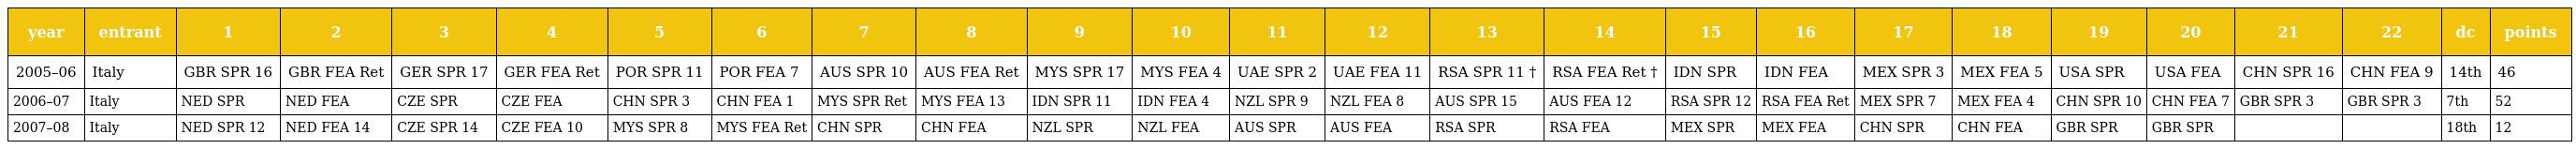
| year | entrant | 1 | 2 | 3 | 4 | 5 | 6 | 7 | 8 | 9 | 10 | 11 | 12 | 13 | 14 | 15 | 16 | 17 | 18 | 19 | 20 | 21 | 22 | dc | points |
 | --- | --- | --- | --- | --- | --- | --- | --- | --- | --- | --- | --- | --- | --- | --- | --- | --- | --- | --- | --- | --- | --- | --- | --- | --- | --- |
 | 2005–06 | Italy | GBR SPR 16 | GBR FEA Ret | GER SPR 17 | GER FEA Ret | POR SPR 11 | POR FEA 7 | AUS SPR 10 | AUS FEA Ret | MYS SPR 17 | MYS FEA 4 | UAE SPR 2 | UAE FEA 11 | RSA SPR 11 † | RSA FEA Ret † | IDN SPR | IDN FEA | MEX SPR 3 | MEX FEA 5 | USA SPR | USA FEA | CHN SPR 16 | CHN FEA 9 | 14th | 46 |
 | 2006–07 | Italy | NED SPR | NED FEA | CZE SPR | CZE FEA | CHN SPR 3 | CHN FEA 1 | MYS SPR Ret | MYS FEA 13 | IDN SPR 11 | IDN FEA 4 | NZL SPR 9 | NZL FEA 8 | AUS SPR 15 | AUS FEA 12 | RSA SPR 12 | RSA FEA Ret | MEX SPR 7 | MEX FEA 4 | CHN SPR 10 | CHN FEA 7 | GBR SPR 3 | GBR SPR 3 | 7th | 52 |
 | 2007–08 | Italy | NED SPR 12 | NED FEA 14 | CZE SPR 14 | CZE FEA 10 | MYS SPR 8 | MYS FEA Ret | CHN SPR | CHN FEA | NZL SPR | NZL FEA | AUS SPR | AUS FEA | RSA SPR | RSA FEA | MEX SPR | MEX FEA | CHN SPR | CHN FEA | GBR SPR | GBR SPR |  |  | 18th | 12 |